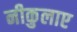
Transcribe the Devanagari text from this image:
नीकुलाए